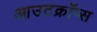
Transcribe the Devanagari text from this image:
आउटक्रॉप्स